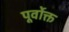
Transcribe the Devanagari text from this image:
पूर्वाेक्त